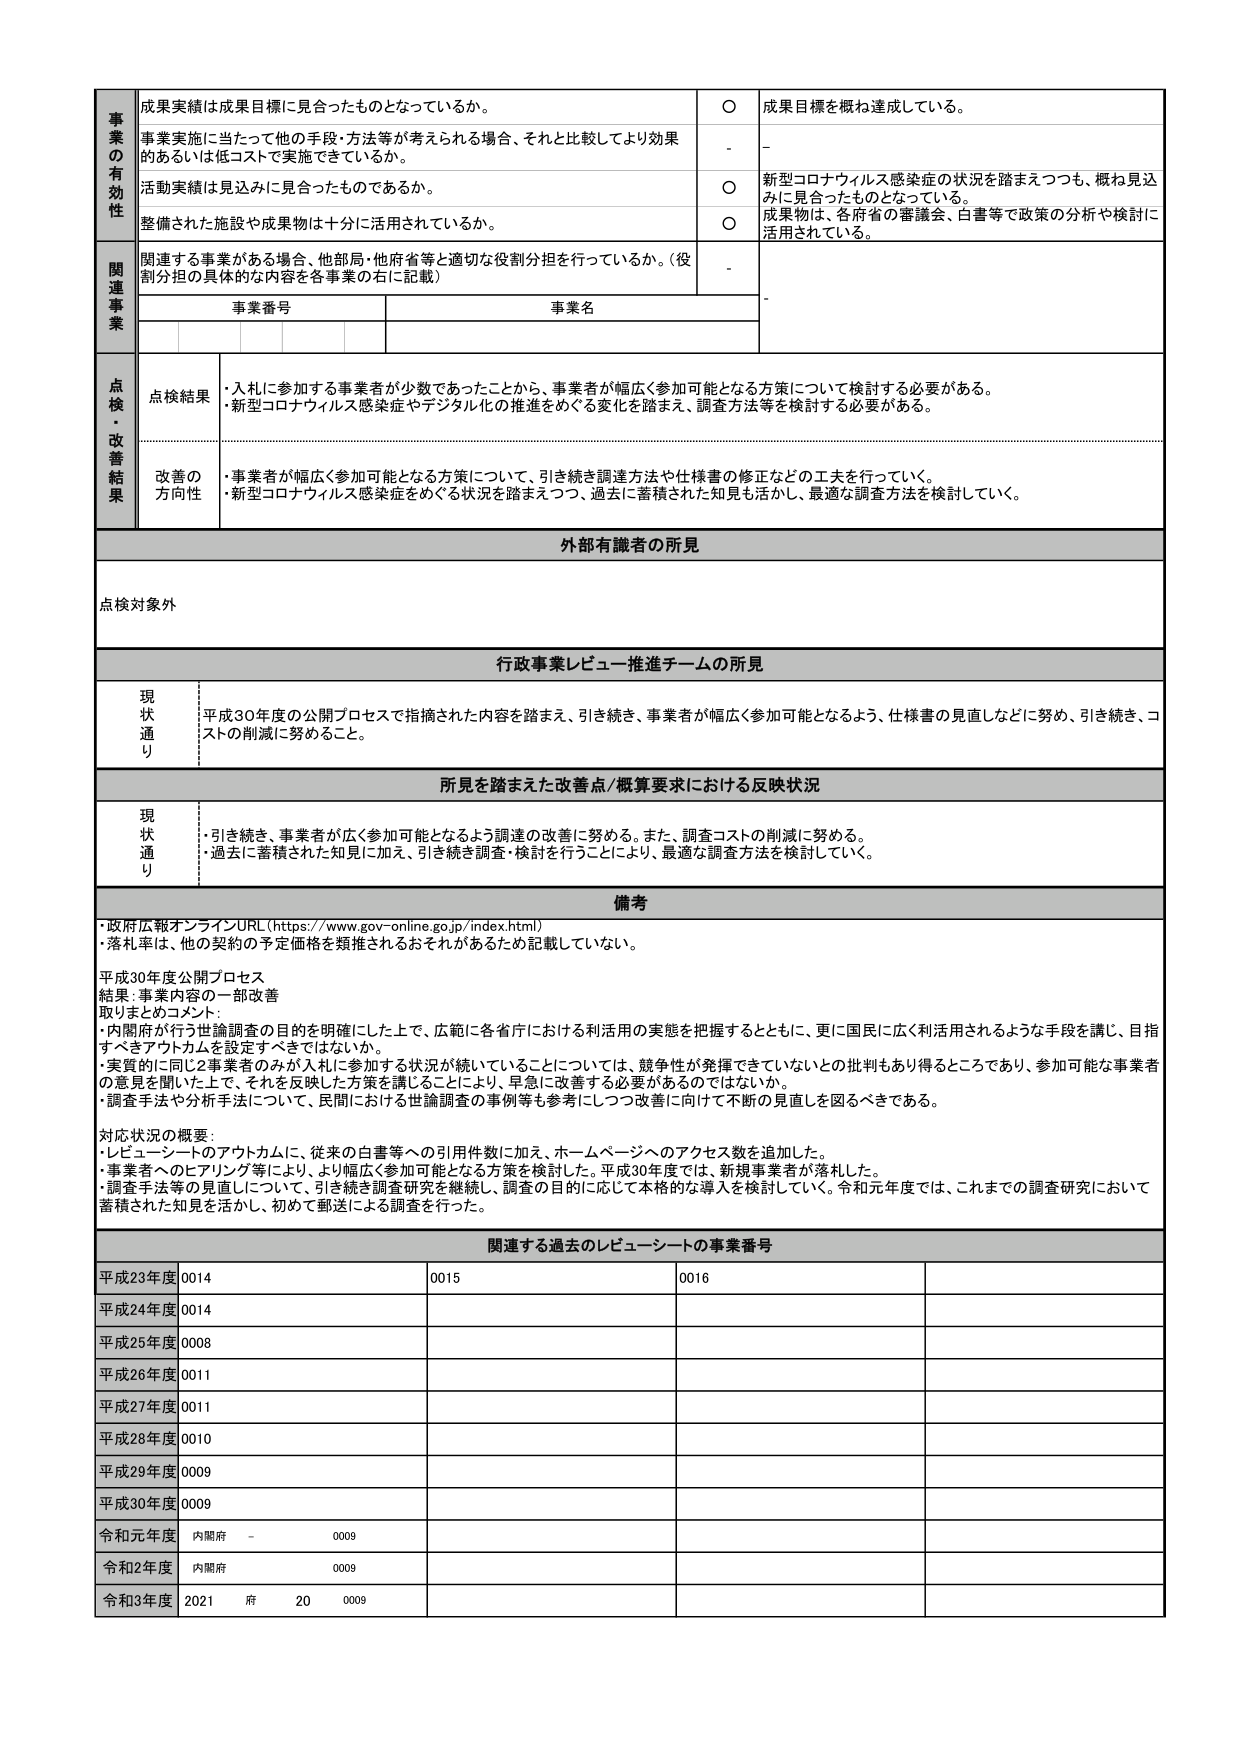
事業の有効性
成果実績は成果目標に見合ったものとなっているか。
○ 成果目標を概ね達成している。
事業実施に当たって他の手段・方法等が考えられる場合、それと比較してより効果的あるいは低コストで実施できているか。
- -
活動実績は見込みに見合ったものであるか。
○ 新型コロナウイルス感染症の状況を踏まえつつも、概ね見込みに見合ったものとなっている。
整備された施設や成果物は十分に活用されているか。
○ 成果物は、各府省の審議会、白書等で政策の分析や検討に活用されている。

関連事業
関連する事業がある場合、他部局・他府省等と適切な役割分担を行っているか。（役割分担の具体的な内容を各事業の右に記載）
- -
事業番号 事業名

点検・改善結果
点検結果
・入札に参加する事業者が少数であったことから、事業者が幅広く参加可能となる方策について検討する必要がある。
・新型コロナウイルス感染症やデジタル化の推進をめぐる変化を踏まえ、調査方法等を検討する必要がある。

改善の方向性
・事業者が幅広く参加可能となる方策について、引き続き調達方法や仕様書の修正などの工夫を行っていく。
・新型コロナウイルス感染症をめぐる状況を踏まえつつ、過去に蓄積された知見も活かし、最適な調査方法を検討していく。

外部有識者の所見
点検対象外

行政事業レビュー推進チームの所見
現状通り
平成30年度の公開プロセスで指摘された内容を踏まえ、引き続き、事業者が幅広く参加可能となるよう、仕様書の見直しなどに努め、引き続き、コストの削減に努めること。

所見を踏まえた改善点/概算要求における反映状況
現状通り
・引き続き、事業者が広く参加可能となるよう調達の改善に努める。また、調査コストの削減に努める。
・過去に蓄積された知見に加え、引き続き調査・検討を行うことにより、最適な調査方法を検討していく。

備考
・政府広報オンラインURL（https://www.gov-online.go.jp/index.html）
・落札率は、他の契約の予定価格を類推されるおそれがあるため記載していない。

平成30年度公開プロセス
結果：事業内容の一部改善
取りまとめコメント：
・内閣府が行う世論調査の目的を明確にした上で、広範に各省庁における利活用の実態を把握するとともに、更に国民に広く利活用されるような手段を講じ、目指すべきアウトカムを設定すべきではないか。
・実質的に同じ2事業者のみが入札に参加する状況が続いていることについては、競争性が発揮できていないとの批判もあり得るところであり、参加可能な事業者の意見を聞いた上で、それを反映した方策を講じることにより、早急に改善する必要があるのではないか。
・調査手法や分析手法について、民間における世論調査の事例等も参考にしつつ改善に向けて不断の見直しを図るべきである。

対応状況の概要：
・レビュー・シートのアウトカムに、従来の白書等への引用件数に加え、ホームページへのアクセス数を追加した。
・事業者へのヒアリング等により、より幅広く参加可能となる方策を検討した。平成30年度では、新規事業者が落札した。
・調査手法等の見直しについて、引き続き調査研究を継続し、調査の目的に応じて本格的な導入を検討していく。令和元年度では、これまでの調査研究において蓄積された知見を活かし、初めて郵送による調査を行った。

関連する過去のレビュー・シートの事業番号
平成23年度 0014 0015 0016
平成24年度 0014
平成25年度 0008
平成26年度 0011
平成27年度 0011
平成28年度 0010
平成29年度 0009
平成30年度 0009
令和元年度 内閣府 - 0009
令和2年度 内閣府 0009
令和3年度 2021 府 20 0009